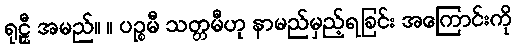
ရုဠှီ အမည်။ ။ ပဉ္စမီ သတ္တမီဟု နာမည်မှည့်ရခြင်း အကြောင်းကို